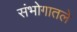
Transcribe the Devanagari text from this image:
संभोगातले